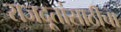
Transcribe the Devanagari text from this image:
राजदूतांसाठीचा